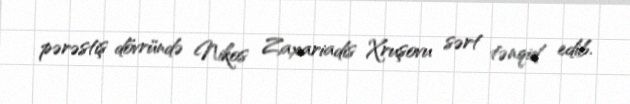
pərəstiş dövründə Nikos Zaxariadis Xruşovu sərt tənqid edib.